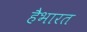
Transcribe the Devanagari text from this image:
हैभारत